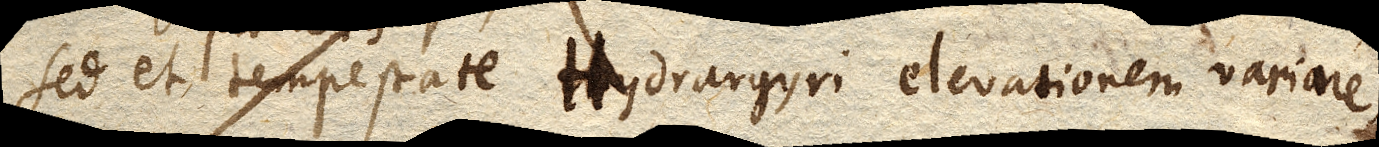
sed et tempestate Hydrargyri elevationem variare,